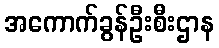
အကောက်ခွန်ဦးစီးဌာန